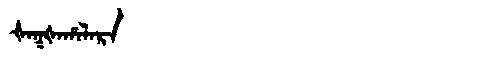
Manchu: ᡧᠠᡴᡧᠠᡥᠠᠯᠠᡵᠠ
Romanization: ŠAKŠAHALARA